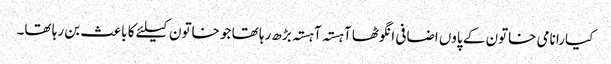
کیارا نامی خاتون کے پاوں اضافی انگوٹھا آہستہ آہستہ بڑھ رہا تھا جو خاتون کیلئے کا باعث بن رہا تھا۔